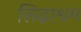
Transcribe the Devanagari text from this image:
सिद्धाश्रम